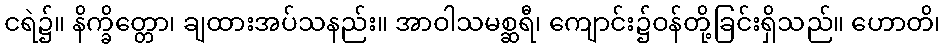
ငရဲ၌။ နိက္ခိတ္တော၊ ချထားအပ်သနည်း။ အာဝါသမစ္ဆရီ၊ ကျောင်း၌ဝန်တို့ခြင်းရှိသည်။ ဟောတိ၊